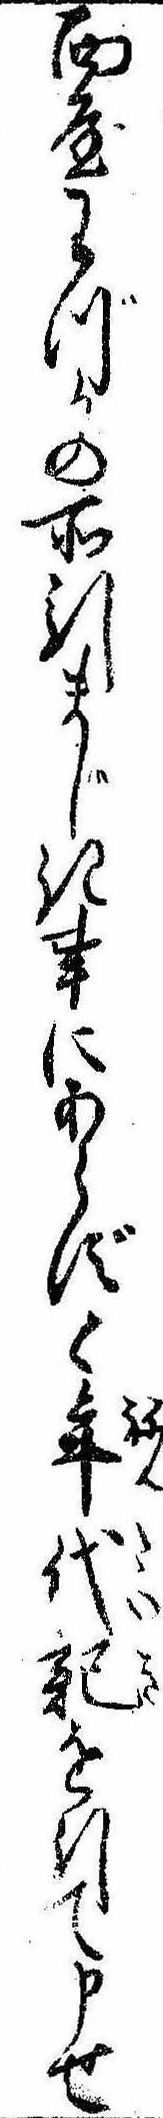
面屋わづかの所引まじき事にあらずと年代記を引て申せ